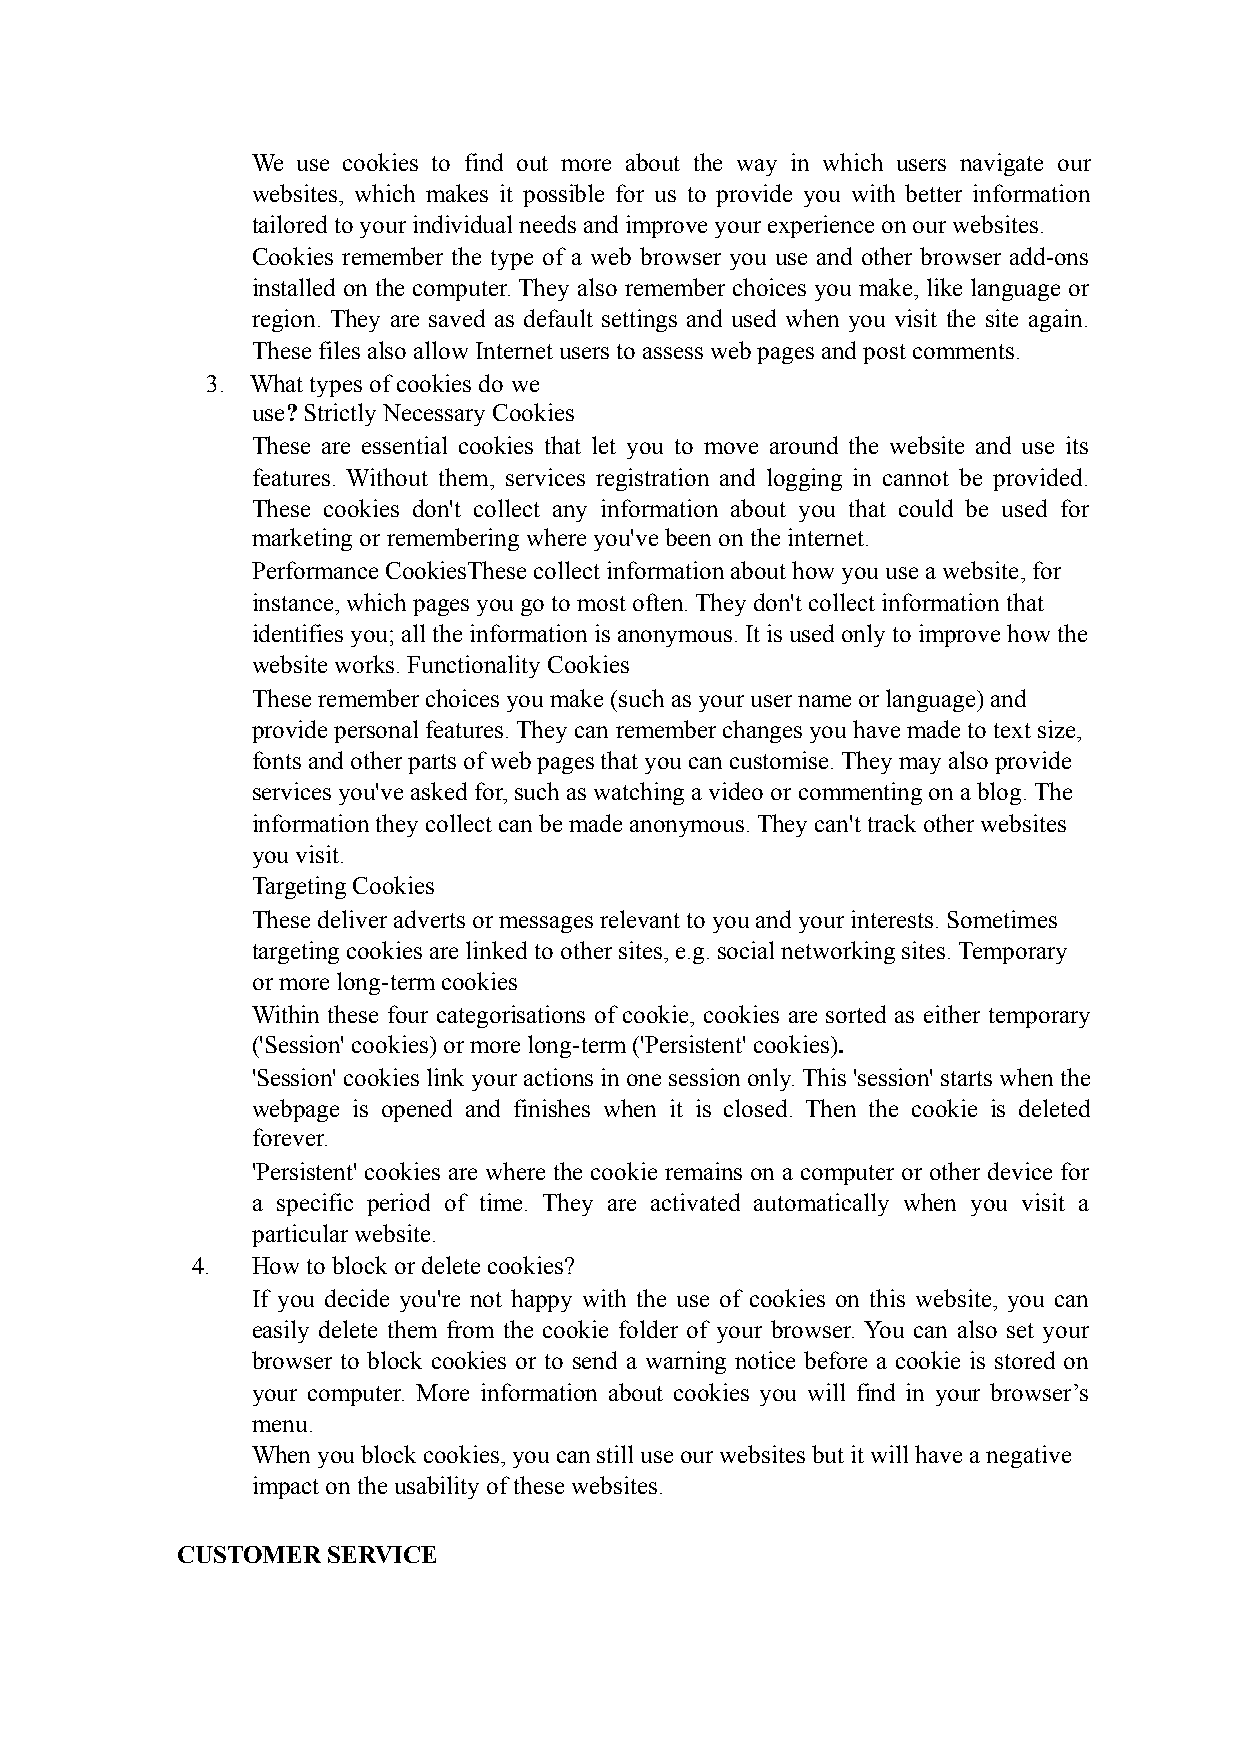
We use cookies to find out more about the way in which users navigate our
 websites, which makes it possible for us to provide you with better information
 tailored to your individual needs and improve your experience on our websites.
 Cookies remember the type of a web browser you use and other browser add-ons
 installed on the computer. They also remember choices you make, like language or
 region. They are saved as default settings and used when you visit the site again.
 These files also allow Internet users to assess web pages and post comments.
 3. What types of cookies do we
 use? Strictly Necessary Cookies
 These are essential cookies that let you to move around the website and use its
 features. Without them, services registration and logging in cannot be provided.
 These cookies don't collect any information about you that could be used for
 marketing or remembering where you've been on the internet.
 Performance CookiesThese collect information about how you use a website, for
 instance, which pages you go to most often. They don't collect information that
 identifies you; all the information is anonymous. It is used only to improve how the
 website works. Functionality Cookies
 These remember choices you make (such as your user name or language) and
 provide personal features. They can remember changes you have made to text size,
 fonts and other parts of web pages that you can customise. They may also provide
 services you've asked for, such as watching a video or commenting on a blog. The
 information they collect can be made anonymous. They can't track other websites
 you visit.
 Targeting Cookies
 These deliver adverts or messages relevant to you and your interests. Sometimes
 targeting cookies are linked to other sites, e.g. social networking sites. Temporary
 or more long-term cookies
 Within these four categorisations of cookie, cookies are sorted as either temporary
 ('Session' cookies) or more long-term ('Persistent' cookies).
 'Session' cookies link your actions in one session only. This 'session' starts when the
 webpage is opened and finishes when it is closed. Then the cookie is deleted
 forever.
 'Persistent' cookies are where the cookie remains on a computer or other device for
 a specific period of time. They are activated automatically when you visit a
 particular website.
 4.  How to block or delete cookies?
 If you decide you're not happy with the use of cookies on this website, you can
 easily delete them from the cookie folder of your browser. You can also set your
 browser to block cookies or to send a warning notice before a cookie is stored on
 your computer. More information about cookies you will find in your browser’s
 menu.
 When you block cookies, you can still use our websites but it will have a negative
 impact on the usability of these websites.
 CUSTOMER  SERVICE